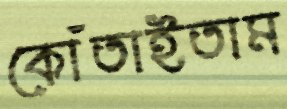
কোঁতাইতাম